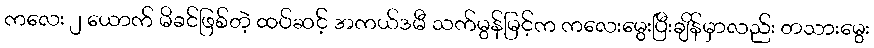
ကလေး ၂ ယောက် မိခင်ဖြစ်တဲ့ ထပ်ဆင့် အကယ်ဒမီ သက်မွန်မြင့်က ကလေးမွေးပြီးချိန်မှာလည်း တသားမွေး